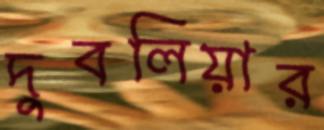
দুবলিয়ার